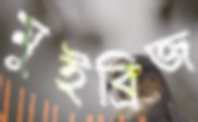
মুইব্রিজ